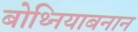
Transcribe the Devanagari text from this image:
बोथ्नियाबनान